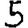
Digit: 5